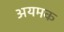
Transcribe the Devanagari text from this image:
अयमक